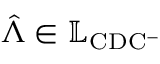
\hat { \boldsymbol { \Lambda } } \in \mathbb { L } _ { \mathrm { C D C ^ { - } } }